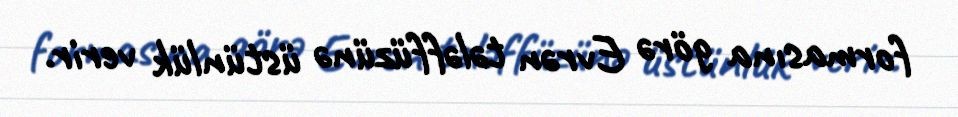
formasına görə Evrən tələffüzünə üstünlük verir.